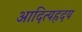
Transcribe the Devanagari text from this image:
आदित्यह्रदय